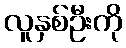
လူနှစ်ဦးကို